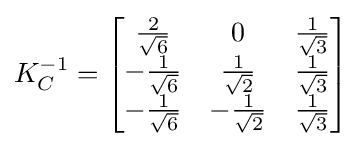
K_{C}^{-1}={\begin{bmatrix}{\frac {2}{\sqrt {6}}}&0&{\frac {1}{\sqrt {3}}}\\-{\frac {1}{\sqrt {6}}}&{\frac {1}{\sqrt {2}}}&{\frac {1}{\sqrt {3}}}\\-{\frac {1}{\sqrt {6}}}&-{\frac {1}{\sqrt {2}}}&{\frac {1}{\sqrt {3}}}\end{bmatrix}}